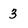
Character: 3